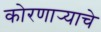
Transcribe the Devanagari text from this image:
कोरणार्‍याचे